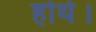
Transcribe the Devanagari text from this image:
होथे।